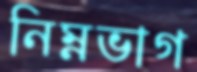
নিম্নভাগ